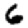
Digit: 6